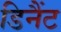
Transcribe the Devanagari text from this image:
डिनैंट